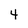
Character: 4